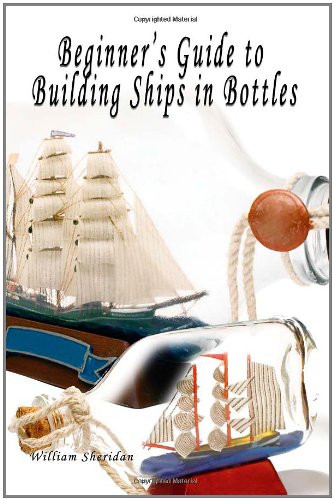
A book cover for Beginner's Guide to Building Ships in Bottles; William Sheridan; Crafts, Hobbies & Home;